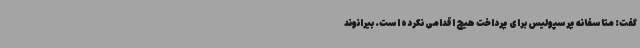
گفت: متاسفانه پرسپولیس برای پرداخت هیچ اقدامی نکرده است. بیرانوند